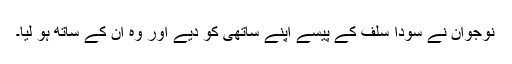
نوجوان نے سودا سلف کے پیسے اپنے ساتھی کو دیے اور وہ ان کے ساتھ ہو لیا۔